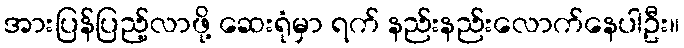
အားပြန်ပြည့်လာဖို့ ဆေးရုံမှာ ရက် နည်းနည်းလောက်နေပါဦး။